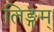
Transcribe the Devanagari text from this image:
लिङ्गम्‌